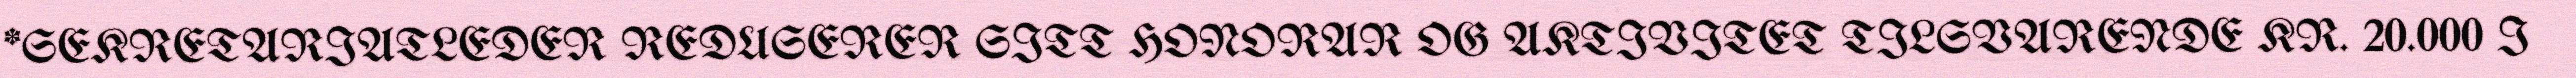
*SEKRETARIATLEDER REDUSERER SITT HONORAR OG AKTIVITET TILSVARENDE KR. 20.000 I